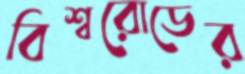
বিশ্বরোডের